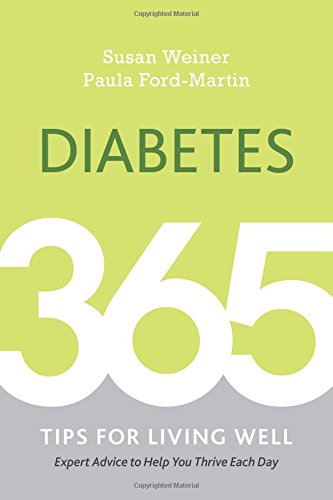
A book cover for Diabetes: 365 Tips for Living Well; Susan Weiner; Health, Fitness & Dieting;